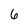
Character: 6